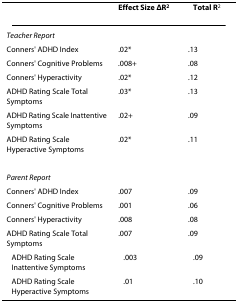
|  | Effect Size ΔR2 | Total R2 |
 | --- | --- | --- |
 | Teacher Report |  |  |
 | Conners' ADHD Index | .02* | .13 |
 | Conners' Cognitive Problems | .008+ | .08 |
 | Conners' Hyperactivity | .02* | .12 |
 | ADHD Rating Scale Total Symptoms | .03* | .13 |
 | ADHD Rating Scale Inattentive Symptoms | .02+ | .09 |
 | ADHD Rating Scale Hyperactive Symptoms | .02* | .11 |
 | Parent Report |  |  |
 | Conners' ADHD Index | .007 | .09 |
 | Conners' Cognitive Problems | .001 | .06 |
 | Conners' Hyperactivity | .008 | .08 |
 | ADHD Rating Scale Total Symptoms | .007 | .09 |
 | ADHD Rating Scale Inattentive Symptoms | .003 | .09 |
 | ADHD Rating Scale Hyperactive Symptoms | .01 | .10 |